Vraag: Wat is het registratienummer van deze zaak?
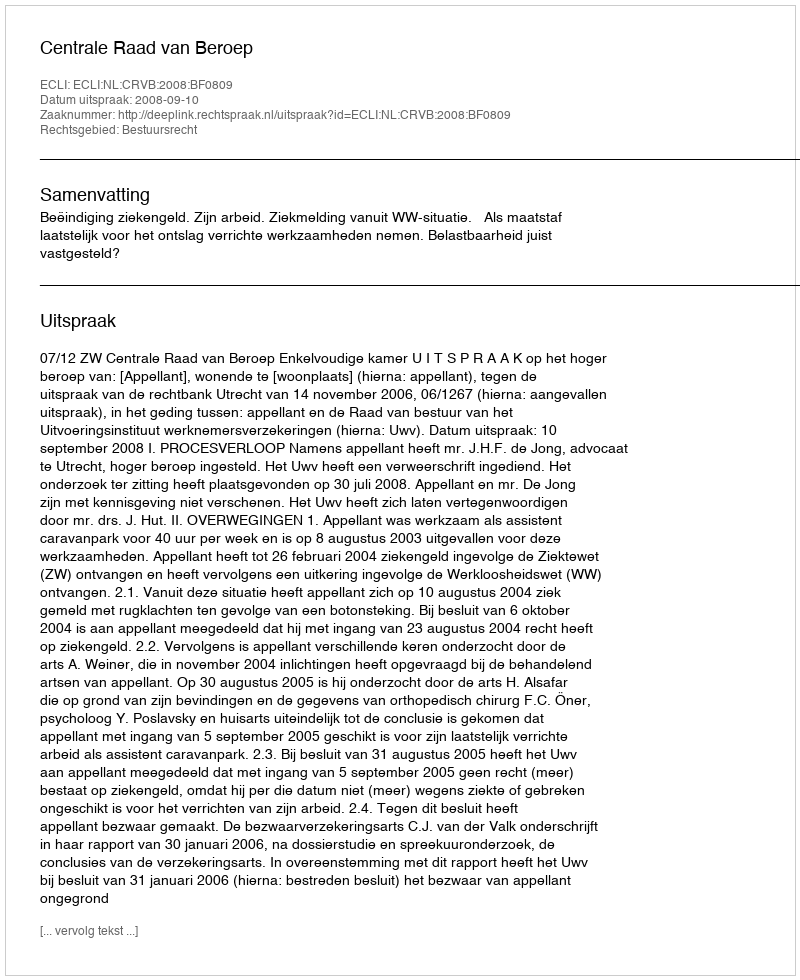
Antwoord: http://deeplink.rechtspraak.nl/uitspraak?id=ECLI:NL:CRVB:2008:BF0809